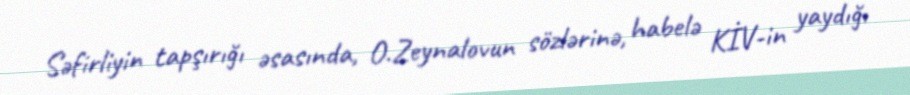
Səfirliyin tapşırığı əsasında, O.Zeynalovun sözlərinə, habelə KİV-in yaydığı